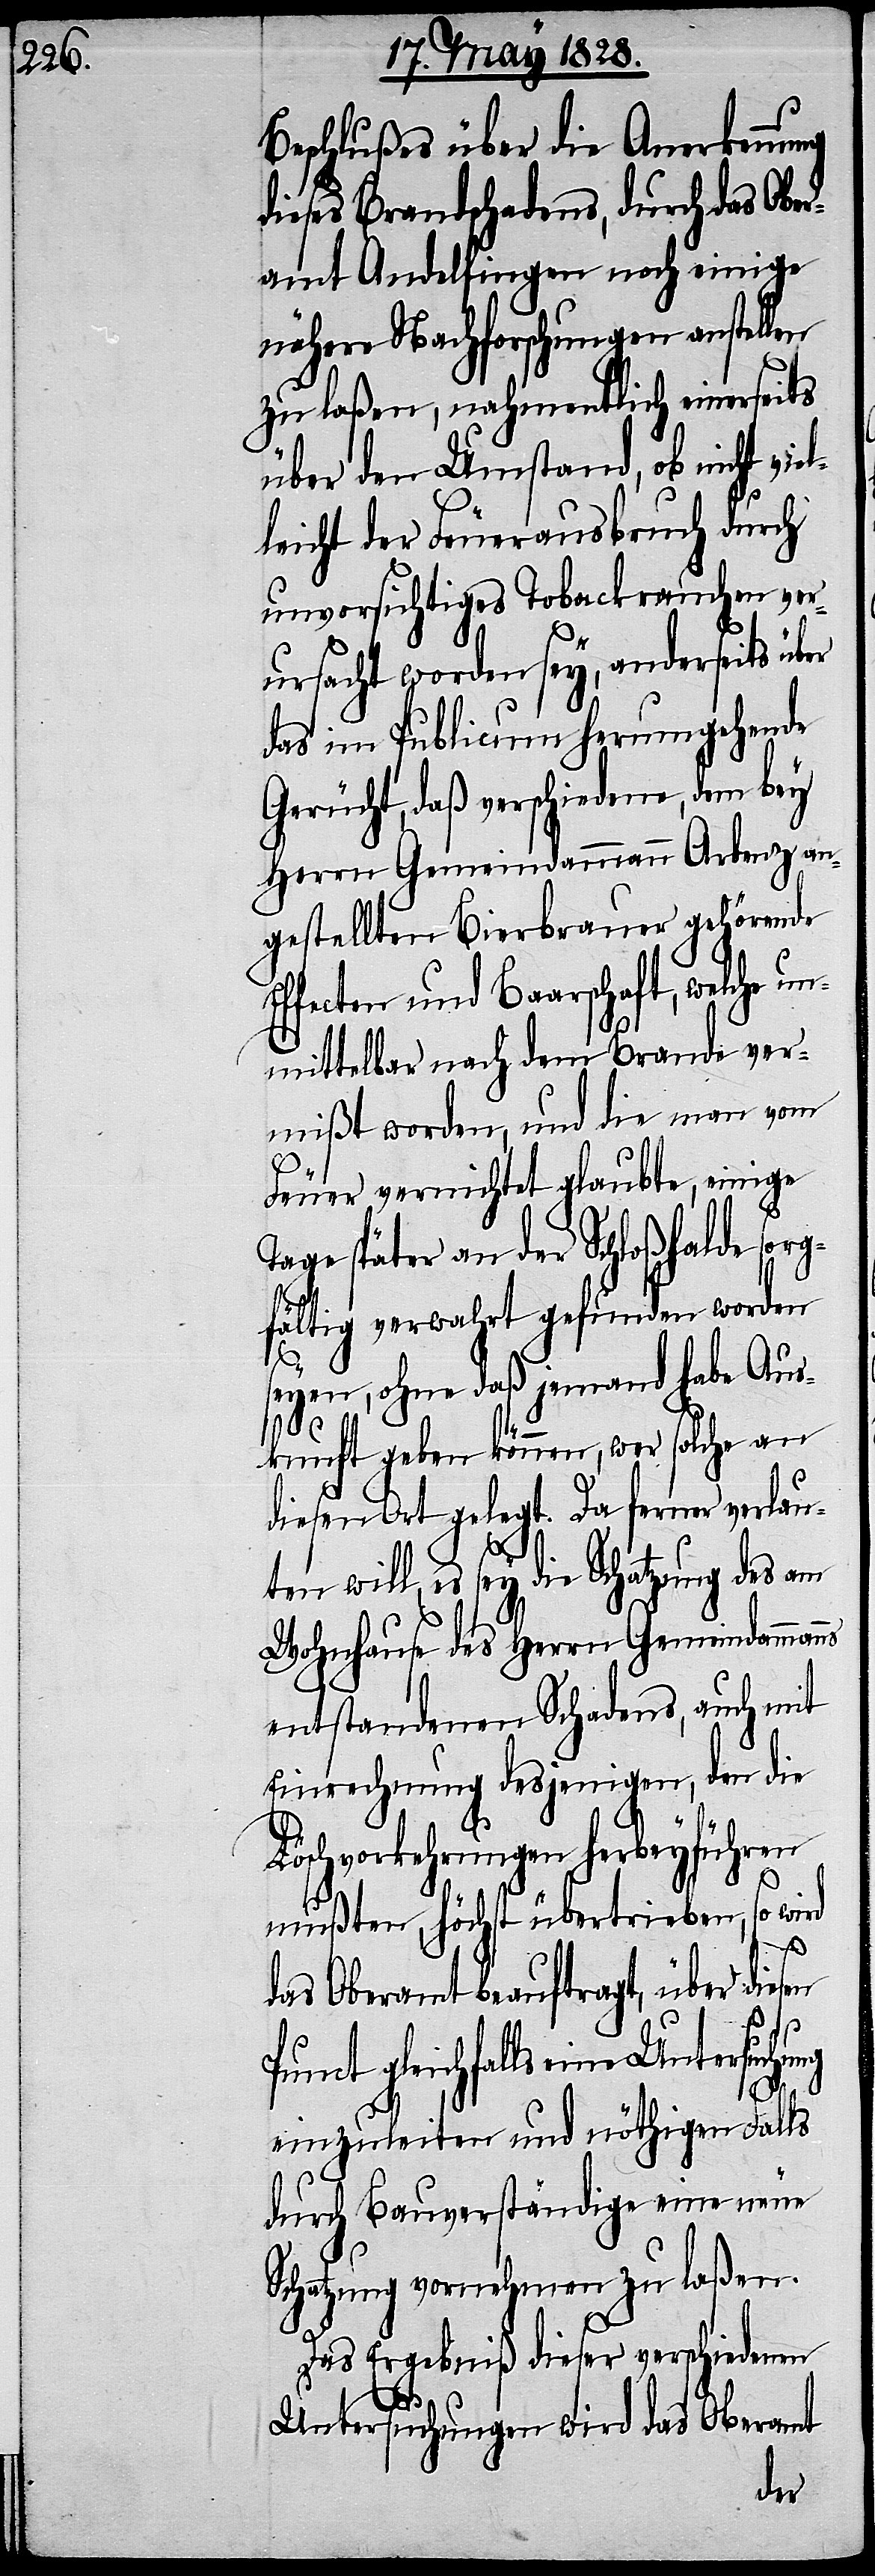
Beschlußes über die Anerkennung
dieses Brandschadens, durch das Ober¬
amt Andelfingen noch einige
nähere Nachforschungen anstellen
zu laßen, nahmentlich einerseits
über den Umstand, ob nicht vie¬
leicht der Feuerausbruch durch
unvorsichtiges Tobackrauchen ver¬
ursacht worden sey, anderseits über
das im Publicum herumgehende
Gerücht, daß verschiedene, dem bey
Herrn Gemeindammann Arbenz an¬
gestellten Bierbrauer gehörende
ffecten und Baarschaft, welche un¬
mittelbar nach dem Brande ver¬
mißt worden, und die man vom
Feuer vernichtet glaubte, einige
Ta¬
ge später an der Schloßhalde sor¬
gfältig verwahrt gefunden worden
seyen, ohne daß jemand habe Aus¬
kunft geben können, wer solche an
diesen Ort gelegt. Da ferner verlau¬
es sey die Schatzung des am
Wohnhause des Herrn Gemeindamman¬
entstandenen Schadens, auch mit
Einrechnung desjenigen, den die
Löschvorkehrungen herbeyführen
mußten, höchst übertrieben, so wird
chung
das Oberamt beauftragt, über diesen
Punct gleichfalls eine Untersu¬
einzuleiten und nöthigen Falls
durch Bauverständige eine neue
Schatzung vornehmen zu laßen.
Das Ergebniß dieser verschiedenen
Untersuchungen wird das Oberamt